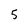
Character: 5